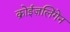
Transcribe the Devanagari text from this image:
क्रोईज़लिंगेन